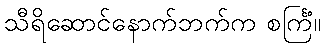
သီရိဆောင်နောက်ဘက်က စင်္ကြံ။